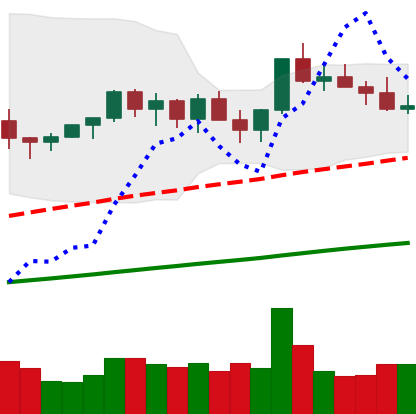
Ticker: NEO-USD
Chart end date: 2021-03-23
Forward return: 8.677%
Label: up_7plus